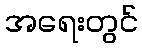
အရေးတွင်